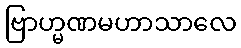
ဗြာဟ္မဏမဟာသာလေ